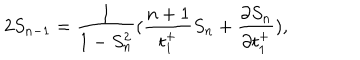
2 S _ { n - 1 } = \frac { 1 } { 1 - S _ { n } ^ { 2 } } ( \frac { n + 1 } { t _ { 1 } ^ { + } } S _ { n } + \frac { \partial S _ { n } } { \partial t _ { 1 } ^ { + } } ) ,